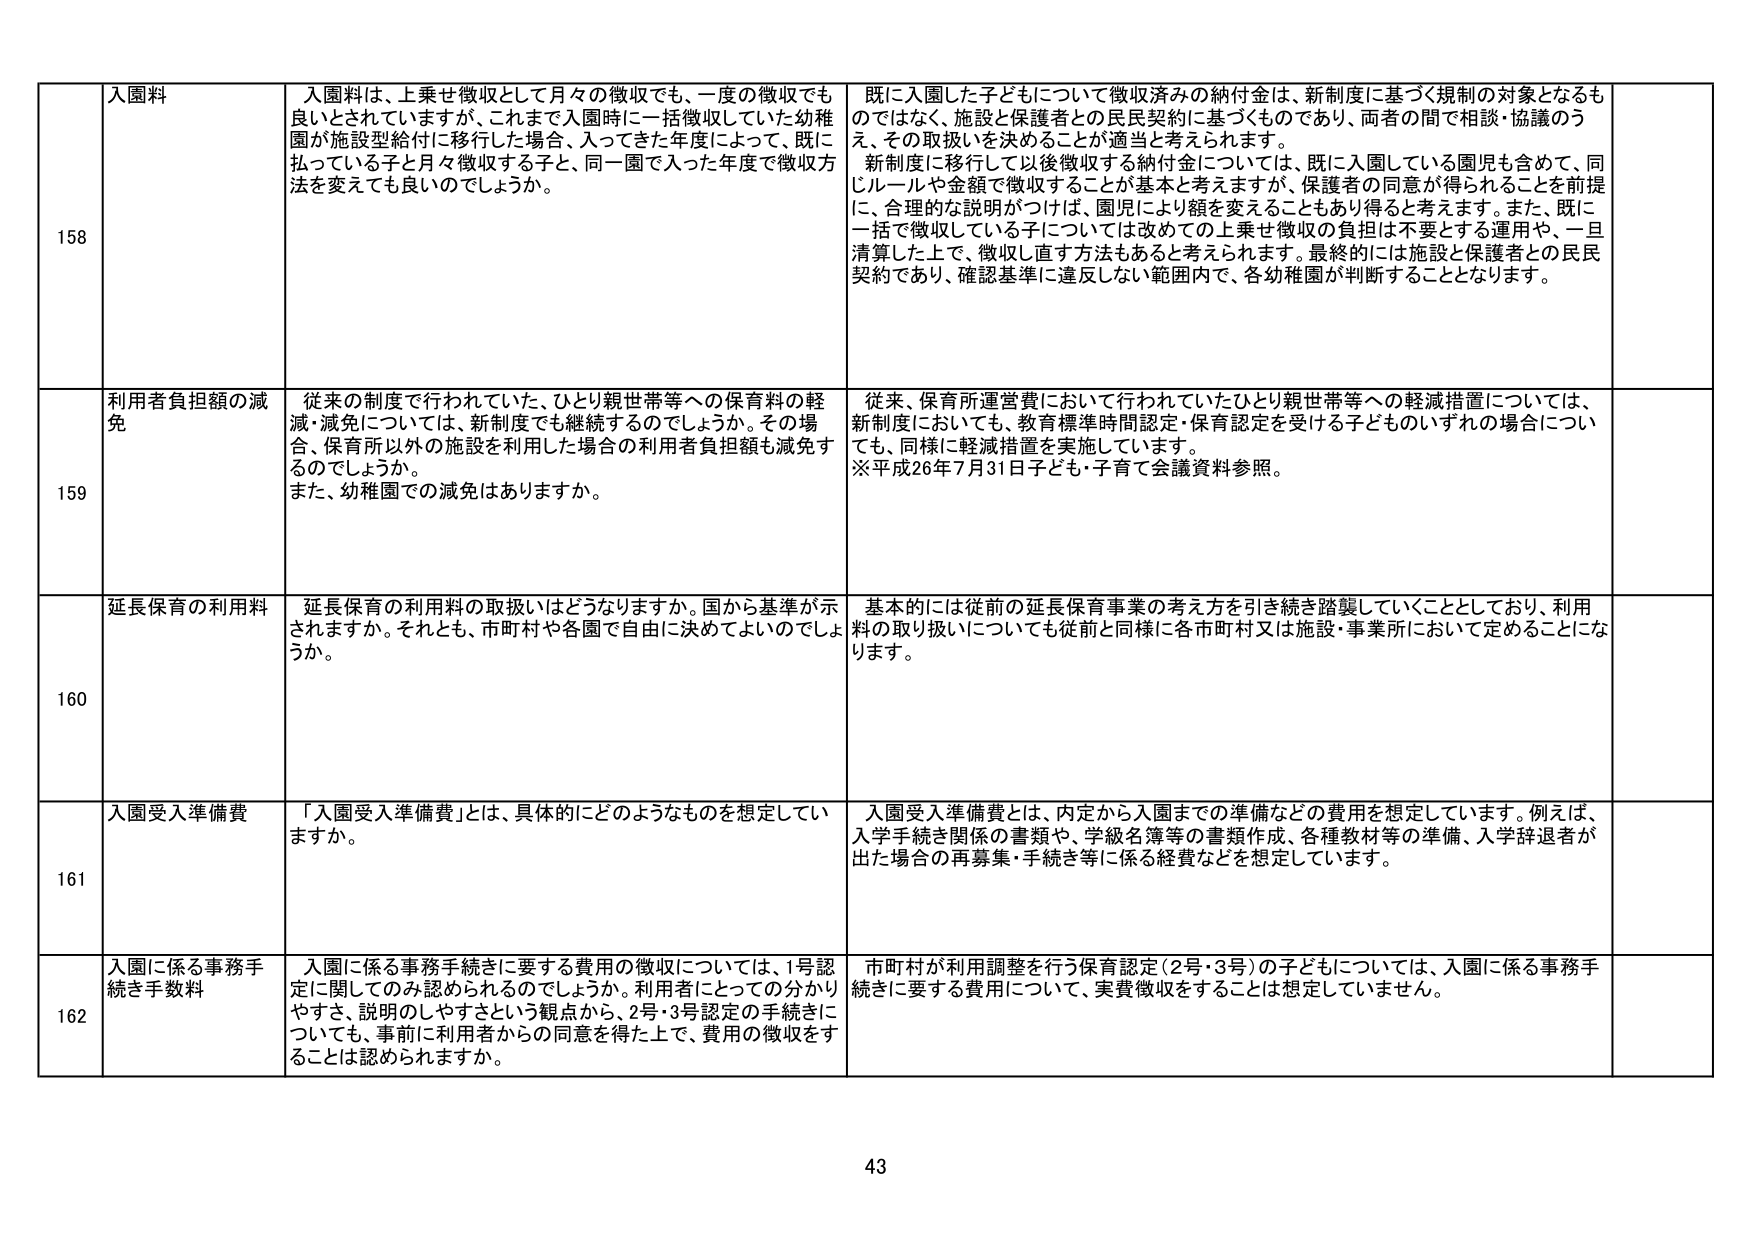
158 入園料 入園料は、上乗せ徴収として月々の徴収でも、一度の徴収でも良いとされていますが、これまで入園時に一括徴収していた幼稚園が施設型給付に移行した場合、入ってきた年度によって、既に払っている子と月々徴収する子と、同一園で入った年度で徴収方法を変えても良いのでしょうか。 既に入園した子どもについて徴収済みの納付金は、新制度に基づく規制の対象となるものではなく、施設と保護者との民民契約に基づくものであり、両者の間で相談・協議のうえ、その取扱いを決めることが適当と考えられます。 新制度に移行して以後徴収する納付金については、既に入園している園児も含めて、同じルールや金額で徴収することが基本と考えますが、保護者の同意が得られることを前提に、合理的な説明がつけば、園児により額を変えることもあり得ると考えます。また、既に一括で徴収している子については改めての上乗せ徴収の負担を不要とする運用や、一旦清算した上で、徴収し直す方法もあると考えられます。最終的には施設と保護者との民民契約であり、確認基準に違反しない範囲内で、各幼稚園が判断することとなります。

159 利用者負担額の減免 従来の制度で行われていた、ひとり親世帯等への保育料の軽減・減免については、新制度でも継続するのでしょうか。その場合、保育所以外の施設を利用した場合の利用者負担額も減免するのでしょうか。 また、幼稚園での減免はありますか。 従来、保育所運営費において行われていたひとり親世帯等への軽減措置については、新制度においても、教育標準時間認定・保育認定を受ける子どもものいずれの場合についても、同様に軽減措置を実施しています。 ※平成26年7月31日子ども・子育て会議資料参照。

160 延長保育の利用料 延長保育の利用料の取扱いはどうなりますか。国から基準が示されますか。それとも、市町村や各園で自由に決めてよいのでしょうか。 基本的には従前の延長保育事業の考え方を引き続き踏襲していくこととしており、利用料の取り扱いについても従前と同様に各市町村又は施設・事業所において定めることになります。

161 入園受入準備費 「入園受入準備費」とは、具体的にどのようなものを想定していますか。 入園受入準備費とは、内定から入園までの準備などの費用を想定しています。例えば、入学手続き関係の書類や、学級名簿等の書類作成、各種教材等の準備、入学辞退者が 出た場合の再募集・手続き等に係る経費などを想定しています。

162 入園に係る事務手続き手数料 入園に係る事務手続きに要する費用の徴収については、1号認定に関してのみ認められるのでしょうか。利用者にとっての分かりやすさ、説明のしやすさという観点から、2号・3号認定の手続きについても、事前に利用者からの同意を得た上で、費用の徴収をすることは認められますか。 市町村が利用調整を行う保育認定（2号・3号）の子どもについては、入園に係る事務手続きに要する費用について、実費徴収することは想定していません。

43